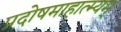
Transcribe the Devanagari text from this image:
प्रदोषमाहात्म्यम्